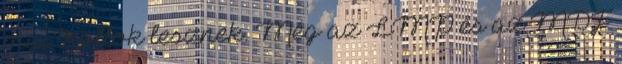
mai trollok lesznek. Még az LMP és az MDF